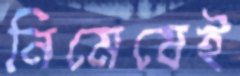
নিমেষেই